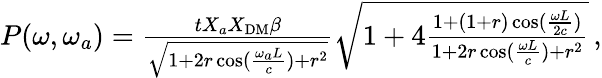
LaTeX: \begin{array}{r}{P(\omega,\omega_{a})=\frac{tX_{a}X_{\mathrm{DM}}\beta}{\sqrt{1+2r\cos(\frac{\omega_{a}L}{c})+r^{2}}}\sqrt{1+4\frac{1+(1+r)\cos(\frac{\omega L}{2c})}{1+2r\cos(\frac{\omega L}{c})+r^{2}}}\, ,}\end{array}